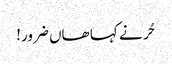
حُر نے کہا ھاں ضرور!